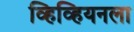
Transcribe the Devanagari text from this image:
व्हिव्हियनला